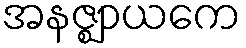
အနဇ္ဈာယကေ